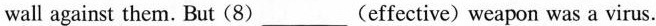
wall against them. But (8)___(effective) weapon was a virus.